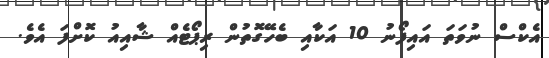
އެކްސް ނުވަތަ އައިފޯނު 10 އަކާއި ބެހޭގޮތުން ރިޕޯޓެއް ޝާއިއު ކޮށްފަ އެވެ.